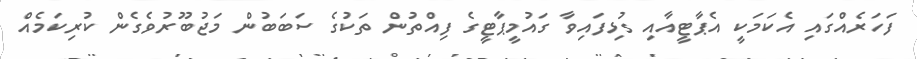
ފަހަރެއްގައި އެކަމަކީ އެޕާޓީއާއި ގުޅިފައިވާ ގައުމީޕާޓީގެ ފިއްތުން ތަކުގެ ސަބަބުން މަޖުބޫރުވެގެން ކުރިކަމެއް